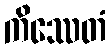
ကိဿေတံ